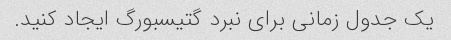
یک جدول زمانی برای نبرد گتیسبورگ ایجاد کنید.